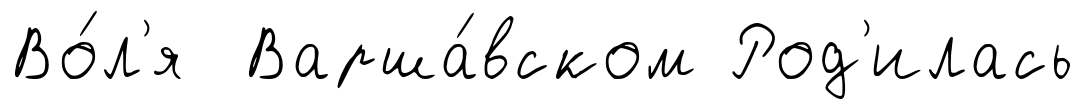
Во́л'я Варша́вском Род'илась